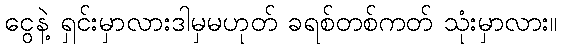
ငွေနဲ့ ရှင်းမှာလားဒါမှမဟုတ် ခရစ်တစ်ကတ် သုံးမှာလား။